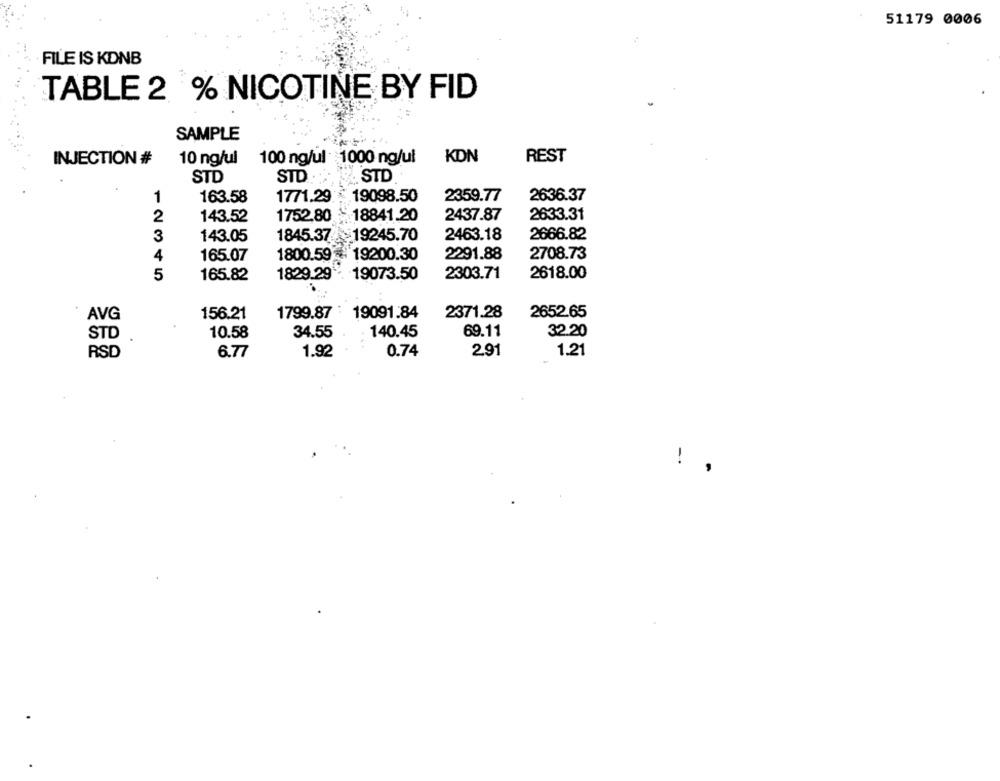
51179 0006
FILE IS KDNB
TABLE 2 % NICOTINE BY FID
SAMPLE
REST
INJECTION #
10 ng/ul
100 ng/ul : 1000 ng/ul
KDN
STD
STD
STD
1
163.58
1771.29
.19098.50
2359.77
2636.37
2
143.52
1752,80
18841.20
2437.87
2633.31
2666.82
3
143.05
1845.37 19245.70
2463.18
4
165.07
1800.59- 19200.30
2291.88
2708.73
5
165.82
1829.29
-19073.50
2303.71
2618.00
AVG
156.21
1799.87
19091.84
2371.28
2652.65
STD
10.58
34.55
140.45
69.11
32.20
0.74
2.91
1.21
RSD
6.77
1.92
!